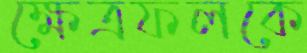
ক্ষেত্রফলকে